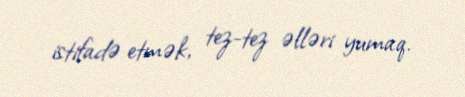
istifadə etmək, tez-tez əlləri yumaq.